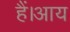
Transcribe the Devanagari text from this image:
हैं।आय